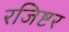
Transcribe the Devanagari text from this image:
रजिष्टर